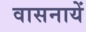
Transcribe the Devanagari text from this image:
वासनायें